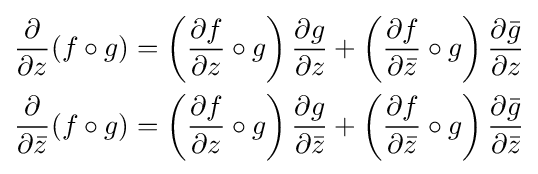
{\begin{aligned}{\frac {\partial }{\partial z}}(f\circ g)&=\left({\frac {\partial f}{\partial z}}\circ g\right){\frac {\partial g}{\partial z}}+\left({\frac {\partial f}{\partial {\bar {z}}}}\circ g\right){\frac {\partial {\bar {g}}}{\partial z}}\\{\frac {\partial }{\partial {\bar {z}}}}(f\circ g)&=\left({\frac {\partial f}{\partial z}}\circ g\right){\frac {\partial g}{\partial {\bar {z}}}}+\left({\frac {\partial f}{\partial {\bar {z}}}}\circ g\right){\frac {\partial {\bar {g}}}{\partial {\bar {z}}}}\end{aligned}}